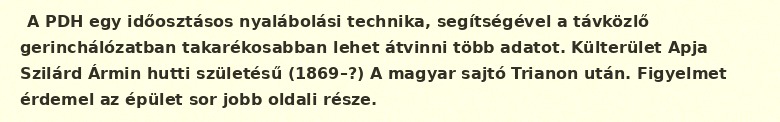
A PDH egy időosztásos nyalábolási technika, segítségével a távközlő gerinchálózatban takarékosabban lehet átvinni több adatot. Külterület Apja Szilárd Ármin hutti születésű (1869–?) A magyar sajtó Trianon után. Figyelmet érdemel az épület sor jobb oldali része.